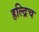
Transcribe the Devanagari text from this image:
हल्द्रिच